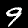
Label: 9